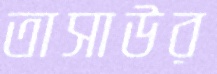
তাসাউর